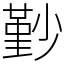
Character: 㝻